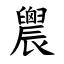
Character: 䢉